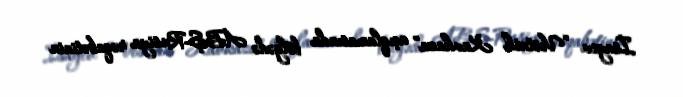
İsayev “Vestnik Kavkaza” açıqlamasında bölgədə ABŞ-Rusiya rəqabətinin